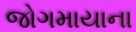
જોગમાયાના